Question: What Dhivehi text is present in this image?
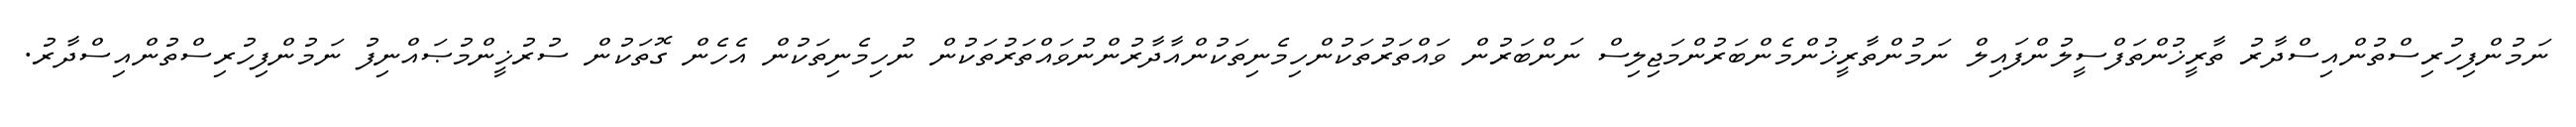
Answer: ނަމުންފިހުރިސްތުންއިސްދާރު ތާރީޚުންތަފްސީލުންފައިލް ނަމުންތާރީޚުންމެންބަރުންމަޖިލިސް ނަންބަރުން ވައްތަރުތަކުންހިމެނިތަކުންއާދާރުންނުވައްތަރުތަކުން ނުހިމެނިތަކުން އެހެން ގޮތަކުން ސުރުޚީންމުޞައްނިފު ނަމުންފިހުރިސްތުންއިސްދާރު.